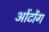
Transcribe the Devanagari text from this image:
ओंटोंग